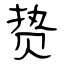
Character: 贽